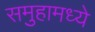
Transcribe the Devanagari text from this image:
समुहामध्ये